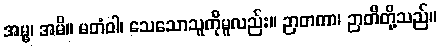
အမ္မ၊ အမိ။ မတံဝါ၊ သေသောသူကိုမူလည်း။ ဉာတကာ၊ ဉာတိတို့သည်။